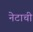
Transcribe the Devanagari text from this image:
नेटाची